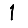
Digit: 1